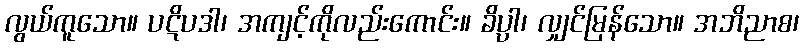
လွယ်ကူသော။ ပဋိပဒါ၊ အကျင့်ကိုလည်းကောင်း။ ခိပ္ပါ၊ လျှင်မြန်သော။ အဘိညာစ၊